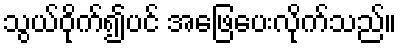
သွယ်ဝိုက်၍ပင် အဖြေပေးလိုက်သည်။